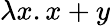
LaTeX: \lambda x.x+y